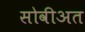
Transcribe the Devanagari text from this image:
सोवीअत